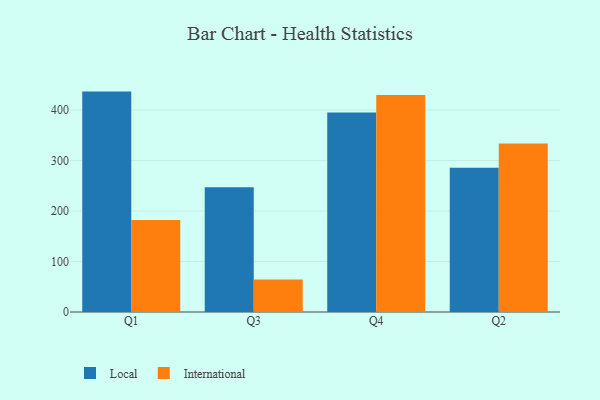
{"axis": {"x": "Quarter", "y": "Page Views"}, "legend": ["International", "Local"], "data": [{"x": "Q1", "y": 436.5, "type": "Local"}, {"x": "Q1", "y": 182.4, "type": "International"}, {"x": "Q3", "y": 246.9, "type": "Local"}, {"x": "Q3", "y": 64.4, "type": "International"}, {"x": "Q4", "y": 395.3, "type": "Local"}, {"x": "Q4", "y": 429.9, "type": "International"}, {"x": "Q2", "y": 285.5, "type": "Local"}, {"x": "Q2", "y": 333.8, "type": "International"}]}